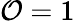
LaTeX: \mathcal{O}=1